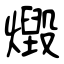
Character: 燬